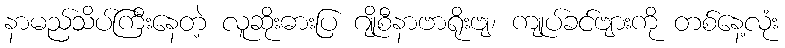
နာမည်သိပ်ကြီးနေတဲ့ လူဆိုးဓားပြ ဂျိုစီနာဗာရိုးဗျ၊ ကျုပ်ခင်ဗျားကို တစ်နေ့လုံး